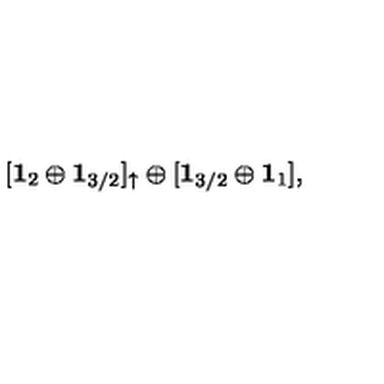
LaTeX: [ { \bf 1 } _ { 2 } \oplus { \bf 1 } _ { 3 / 2 } ] _ { \uparrow } \oplus [ { \bf 1 } _ { 3 / 2 } \oplus { \bf 1 } _ { 1 } ] ,